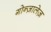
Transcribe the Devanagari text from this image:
गोन्ज़ालेज़